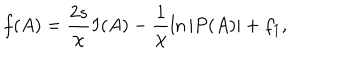
f ( A ) = \frac { 2 s } { \chi } I ( A ) - \frac { 1 } { \chi } \ln { | P ( A ) | } + f _ { 1 } ,